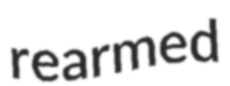
rearmed